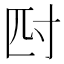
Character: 𭔪